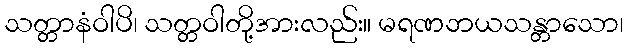
သတ္တာနံဝါပိ၊ သတ္တဝါတို့အားလည်း။ မရဏဘယသန္တာသော၊